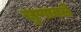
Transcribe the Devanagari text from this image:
खुणावले